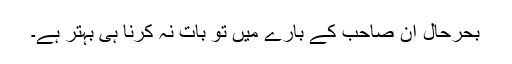
بحرحال ان صاحب کے بارے میں تو بات نہ کرنا ہی بہتر ہے۔